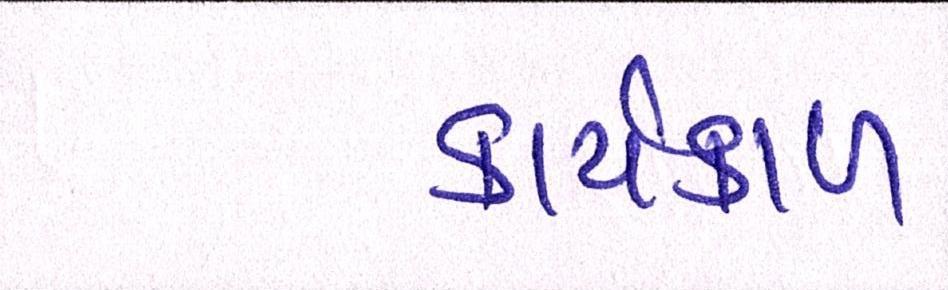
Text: કાર્યકાળ